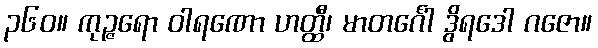
၃၆၀။ ကုဉ္ဇရော ဝါရဏော ဟတ္ထီ၊ မာတင်္ဂေါ ဒွိရဒေါ ဂဇော။